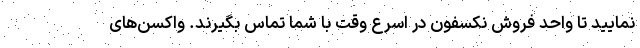
نمایید تا واحد فروش نکسفون در اسرع وقت با شما تماس بگیرند. واکسن‌های